Vaccination in Bombay 1924-1928 - 1924-1928
Year: 1924
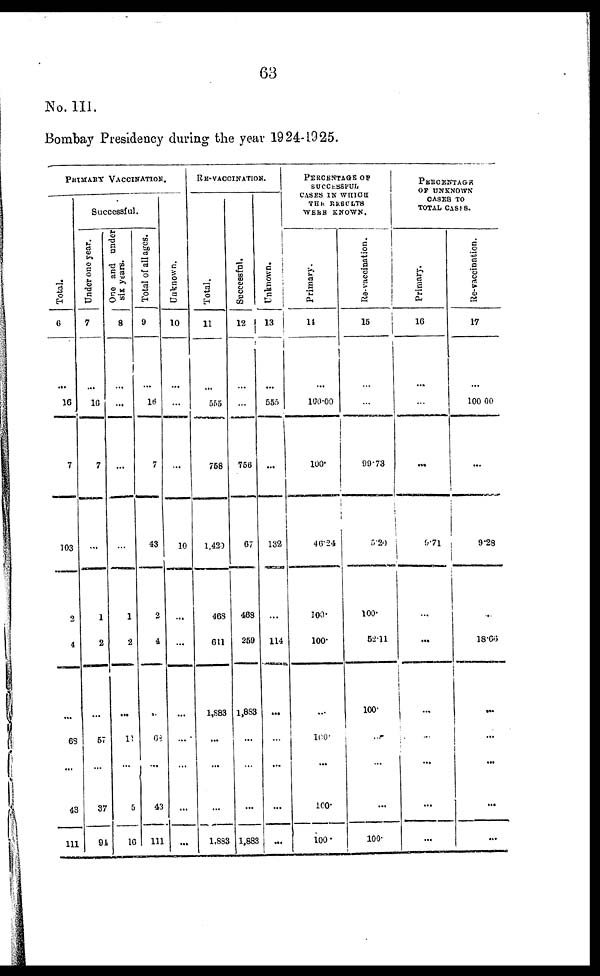
63
No. III.
Bombay Presidency during the year 1924-1925.
PRIMARY VACCINATION.
Total.
6
...
16
7
103
2
4
...
68
...
43
111
Successful.
Under one year.
7
...
16
7
...
1
2
...
57
...
37
94
One and under
six years.
8
...
...
...
...
1
2
...
11
...
5
16
Total of all ages.
9
...
16
7
43
2
4
...
63
...
43
111
unknown.
10
...
...
...
10
...
...
...
...
...
...
...
RE-VACCINATION.
Total.
11
...
555
768
1,425
468
611
1,883
...
...
...
1,883
Successful.
12
...
...
756
67
468
259
1,883
...
...
...
1,883
Unknown.
13
...
555
...
132
...
114
...
...
...
...
...
PERCENTAGE OF
SUCCESSFUL
CASES IN WHICH
THE RESULTS
WERE KNOWN.
Primary.
14
...
100.00
100.
40.24
100.
100.
...
100.
...
100.
100.
Re-vaccination.
15
...
...
99.73
5.20
100.
52.11
100.
...
...
...
100.
PERCENTAGE
OF UNKNOWN
CASES TO
TOTAL CASES.
Primary.
16
...
...
...
9.71
...
...
...
...
...
...
...
Re-vaccinntion.
17
...
100.00
...
9.28
...
18.66
...
...
...
...
...